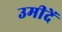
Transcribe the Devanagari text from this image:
उमीदें